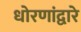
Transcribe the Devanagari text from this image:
धोरणांद्वारे